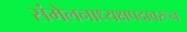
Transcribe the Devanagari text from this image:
संमेलनाध्यक्षपदावरून